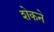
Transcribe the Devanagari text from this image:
शेकने